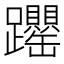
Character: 𬧝